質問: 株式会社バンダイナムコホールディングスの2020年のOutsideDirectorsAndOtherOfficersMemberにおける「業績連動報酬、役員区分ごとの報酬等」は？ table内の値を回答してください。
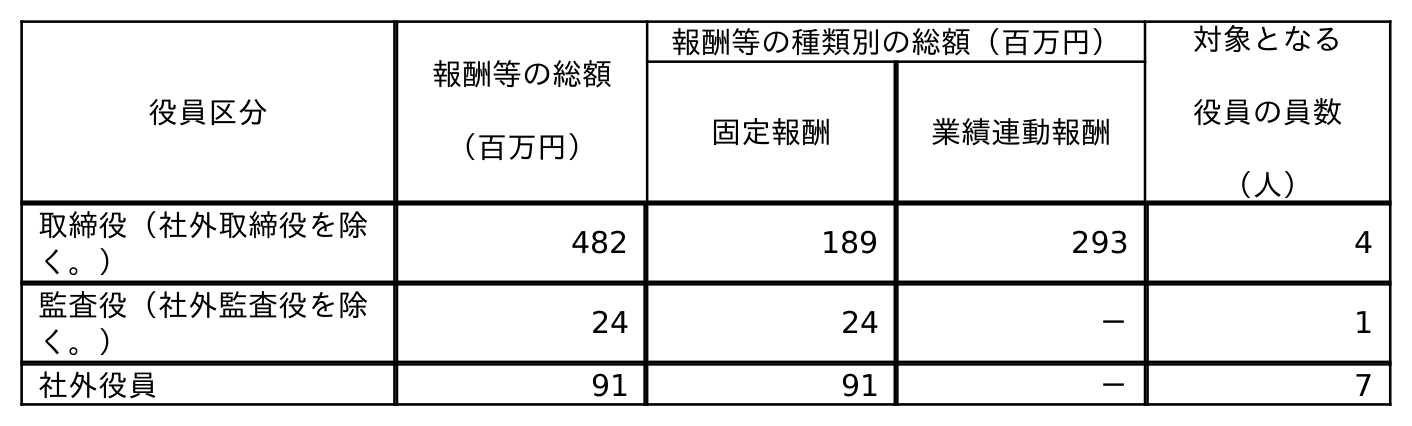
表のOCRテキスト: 役員区分 報酬等の総額 （百万円） 報酬等の種類別の総額（百万円） 対象となる 役員の員数 （人） 固定報酬 業績連動報酬 取締役（社外取締役を除 く。） 482 189 293 4 監査役（社外監査役を除 く。） 24 24 － 1 社外役員 91 91 － 7
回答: －